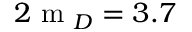
2 \mathrm { ~ m ~ } _ { D } = 3 . 7